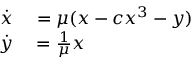
\begin{array} { r l } { \dot { x } } & { { } = \mu ( x - c x ^ { 3 } - y ) } \\ { \dot { y } } & { { } = \frac { 1 } { \mu } x } \end{array}